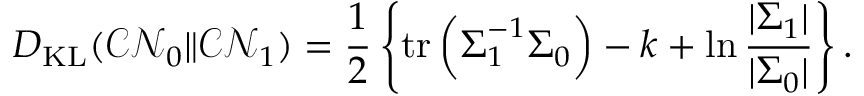
D _ { \mathrm { K L } } ( { \mathcal { C N } } _ { 0 } \| { \mathcal { C N } } _ { 1 } ) = { \frac { 1 } { 2 } } \left\{ \operatorname { t r } \left( { \boldsymbol { \Sigma } } _ { 1 } ^ { - 1 } { \boldsymbol { \Sigma } } _ { 0 } \right) - k + \ln { \frac { | { \boldsymbol { \Sigma } } _ { 1 } | } { | { \boldsymbol { \Sigma } } _ { 0 } | } } \right\} .